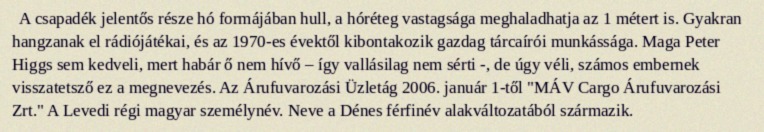
A csapadék jelentős része hó formájában hull, a hóréteg vastagsága meghaladhatja az 1 métert is. Gyakran hangzanak el rádiójátékai, és az 1970-es évektől kibontakozik gazdag tárcaírói munkássága. Maga Peter Higgs sem kedveli, mert habár ő nem hívő – így vallásilag nem sérti -, de úgy véli, számos embernek visszatetsző ez a megnevezés. Az Árufuvarozási Üzletág 2006. január 1-től "MÁV Cargo Árufuvarozási Zrt." A Levedi régi magyar személynév. Neve a Dénes férfinév alakváltozatából származik.